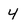
Character: 4